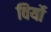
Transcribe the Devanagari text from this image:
विर्यो